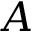
A